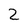
Character: 2